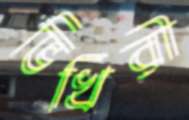
ভিখিরী